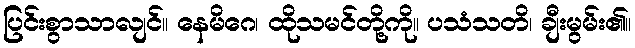
ပြင်းစွာသာလျင်။ နေမိဂေ၊ ထိုသမင်တို့ကို။ ပသံသတိ၊ ချီးမွမ်း၏။